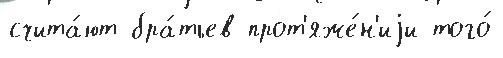
счита́ют бра́тьев прот'яже́н'иjи того́